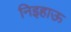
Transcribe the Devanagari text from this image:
निइहाऊ